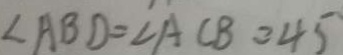
\angle A B D = \angle A C B = 4 5